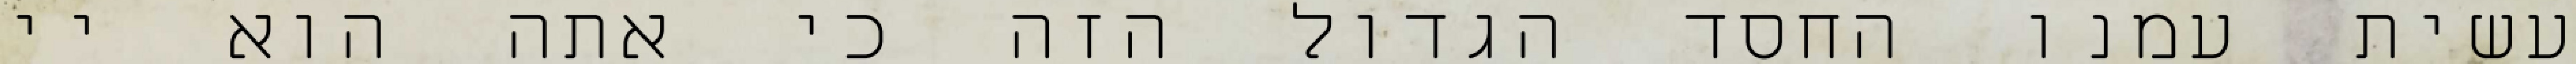
עשית עמנו החסד הגדול הזה כי אתה הוא יי